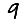
Digit: 9